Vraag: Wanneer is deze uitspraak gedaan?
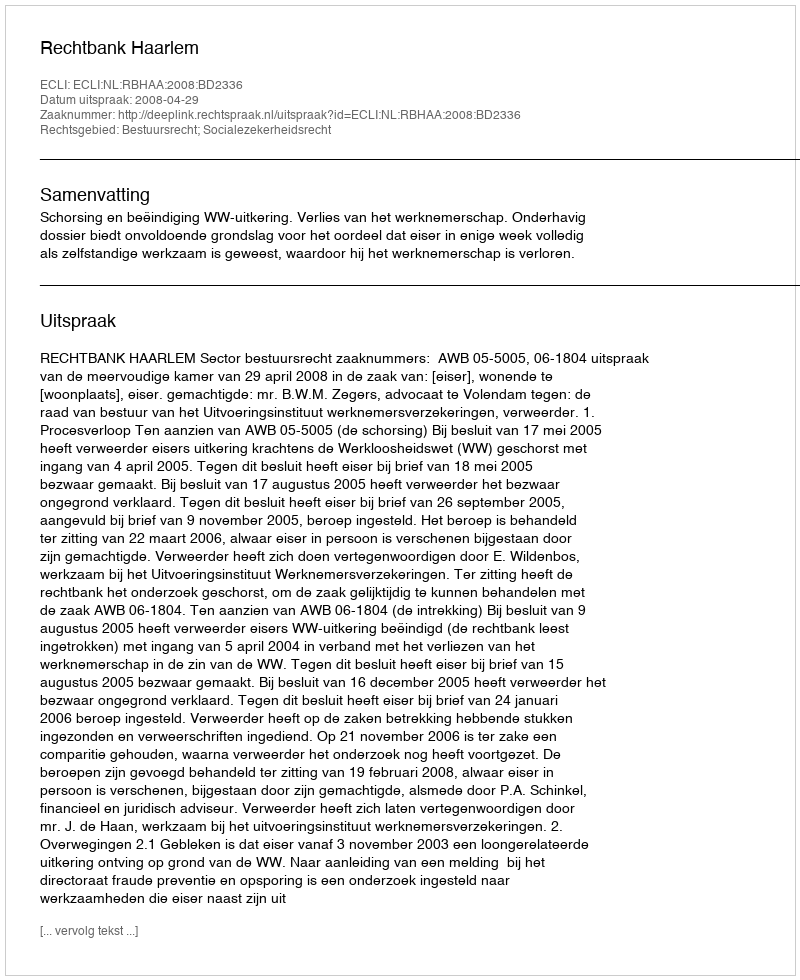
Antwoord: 2008-04-29